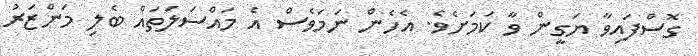
ގޮސްފައިވާ ޔަގީން ވާ ކަމަށެވެ. އެހެން ނަމަވެސް އެ މައްސަލަތައް ބެލި މަންޒަރު